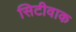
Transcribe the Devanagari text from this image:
सिटीवाक